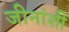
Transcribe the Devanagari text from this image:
जीनांशी